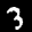
Label: 3